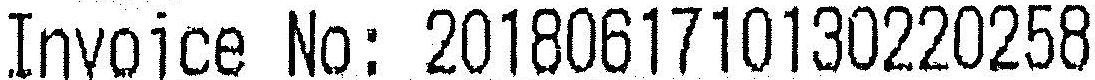
INVOICE NO: 2018061710130220258